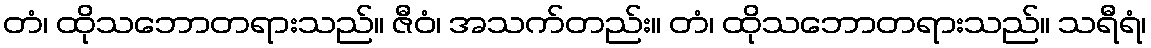
တံ၊ ထိုသဘောတရားသည်။ ဇီဝံ၊ အသက်တည်း။ တံ၊ ထိုသဘောတရားသည်။ သရီရံ၊